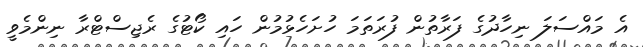
އެ މައްސަލަ ނިހާދުގެ ފަރާތުން ފުރަތަމަ ހުށަހެޅުމުން ހައި ކޯޓުގެ ރެޖިސްޓްރާ ނިންމެވީ